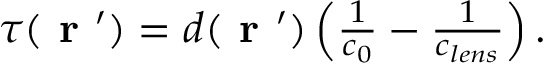
\begin{array} { r } { \tau ( \textbf { r } ^ { \prime } ) = d ( \textbf { r } ^ { \prime } ) \left( \frac { 1 } { c _ { 0 } } - \frac { 1 } { c _ { l e n s } } \right) . } \end{array}